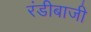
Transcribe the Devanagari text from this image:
रंडीबाजी